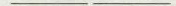
___ ___